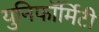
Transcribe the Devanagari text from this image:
युनिफॉर्मिटी